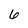
Character: 6